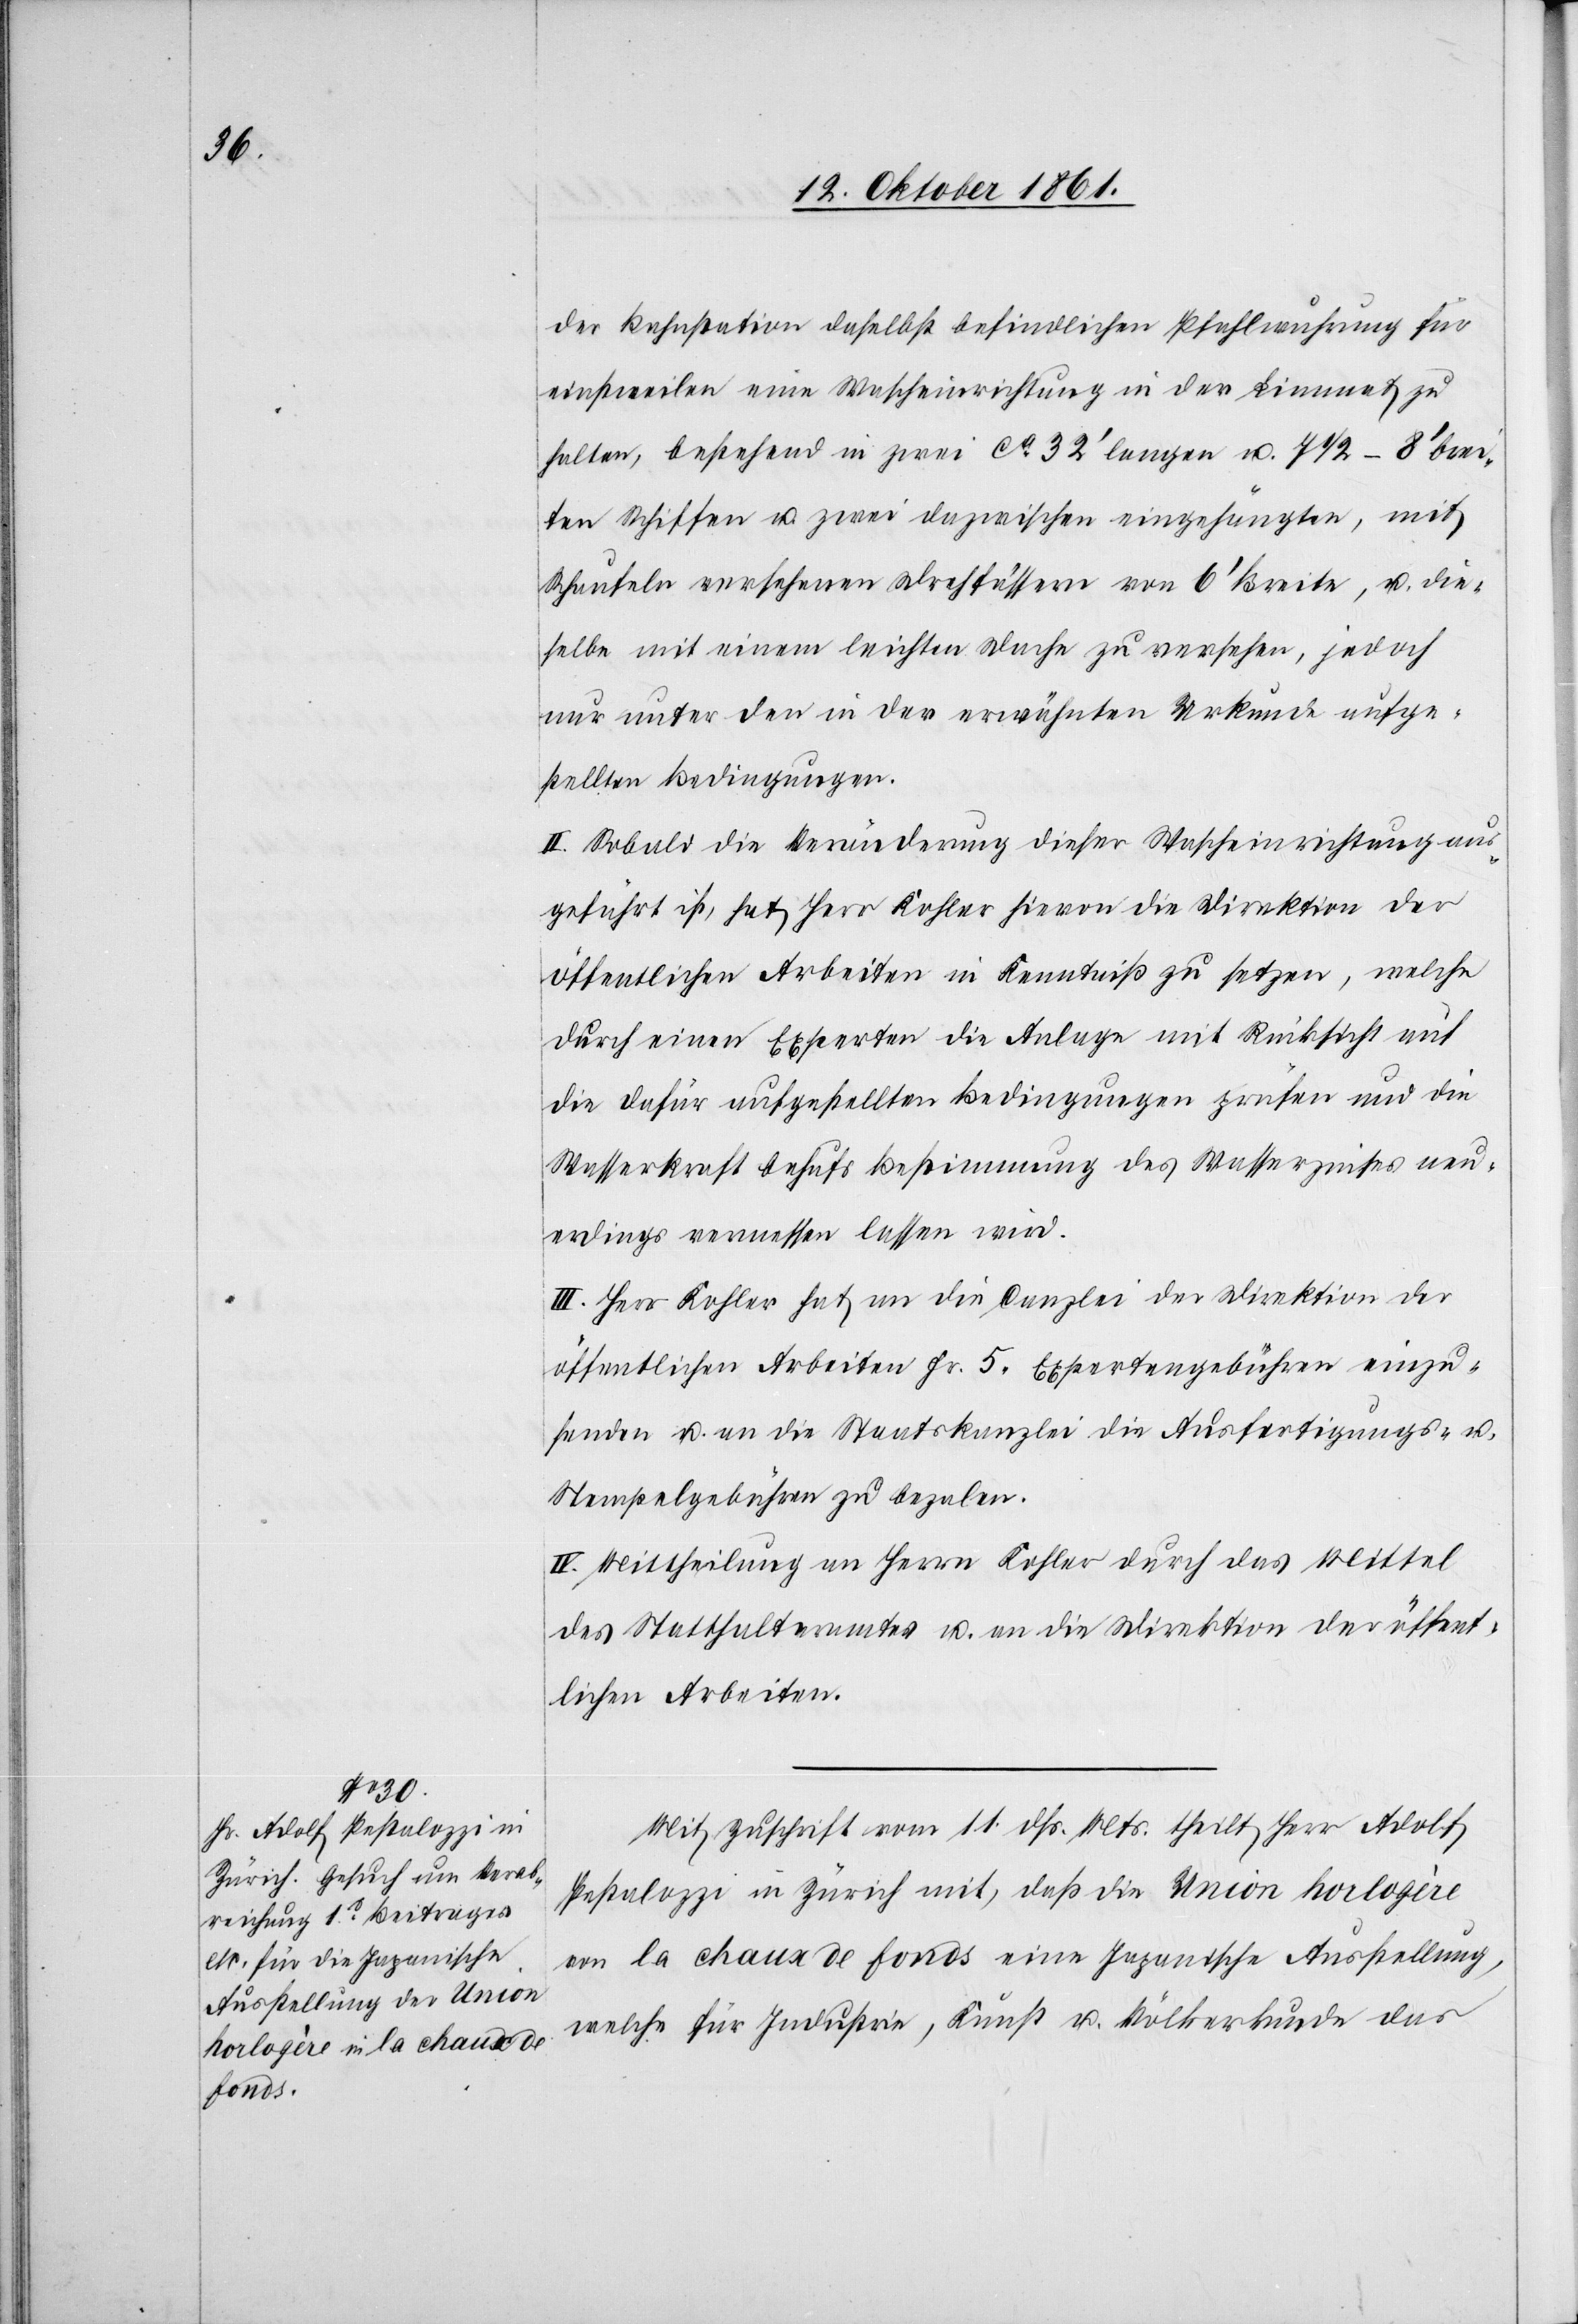
der Bahnstation daselbst befindlichen Pfahlwuhrung für
einstweilen eine Wascheinrichtung in der Limmat zu
halten, bestehend in zwei ca 322‘ langen u. 7 1/2–8‘ brei¬
ten Schiffen u. zwei dazwischen eingehängten, mit
Schaufeln versehenen Drehfüssen von 6‘ Breite, u. die¬
selbe mit einem leichten Dache zu versehen, jedoch
nur unter den in der erwähnten Urkunde aufge¬
stellten Bedingungen.
II. Sobald die Veränderung dieser Wascheinrichtung aus¬
geführt ist, hat Herr Kohler hievon die Direktion der
öffentlichen Arbeiten in Kenntniß zu setzen, welche
durch einen Experten die Anlage mit Rücksicht auf
die dafür aufgestellten Bedingungen prüfen und die
Wasserkraft behufs Bestimmung des Wasserzinses neu¬
erdings vermessen lassen wird.
III. Herr Kohler hat an die Canzlei der Direktion der
öffentlichen Arbeiten Fr. 5 Expertengebühren einzu¬
senden u. an die Staatskanzlei die Ausfertigungs- u.
Stempelgebühren zu bezalen.
IV. Mittheilung an Herrn Kohler durch das Mittel
des Statthalteramtes u. an die Direktion der öffent¬
lichen Arbeiten.
Mit Zuschrift vom 11 dß. Mts. theilt Herr Adolf
Pestalozzi in Zürich mit, daß die Union horlogère
von la chaux de fonds eine Japanische Ausstellung
welche für Industrie, Kunst u. Völkerkunde das